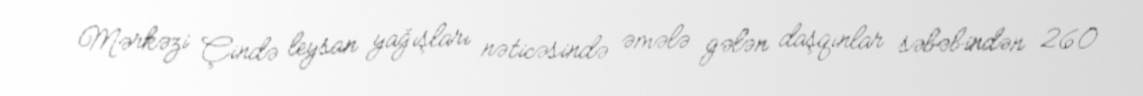
Mərkəzi Çində leysan yağışları nəticəsində əmələ gələn daşqınlar səbəbindən 260